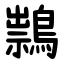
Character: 䳳